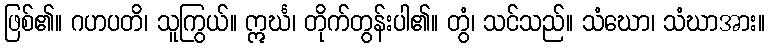
ဖြစ်၏။ ဂဟပတိ၊ သူကြွယ်။ ဣင်္ဃ၊ တိုက်တွန်းပါ၏။ တွံ၊ သင်သည်။ သံဃော၊ သံဃာအား။